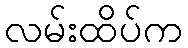
လမ်းထိပ်က